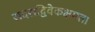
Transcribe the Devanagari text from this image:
सदसद्विवेकक्षमता